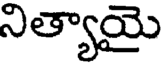
నిత్యాయై